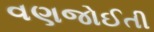
વણજોઈતી